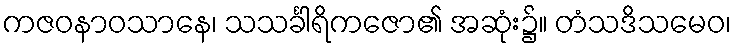
ကဇဝနာဝသာနေ၊ သသင်္ခါရိကဇော၏ အဆုံး၌။ တံသဒိသမေဝ၊